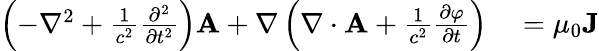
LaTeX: \begin{array}{rl}{\left(-\nabla^{2}+{\frac{1}{c^{2}}}{\frac{\partial^{2}}{\partial t^{2}}}\right)\mathbf{A}+\mathbf{\nabla}\left(\mathbf{\nabla}\cdot\mathbf{A}+{\frac{1}{c^{2}}}{\frac{\partial\varphi}{\partial t}}\right)}&{{}=\mu_{0}\mathbf{J}}\end{array}